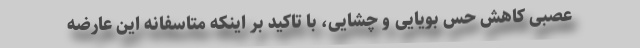
عصبی کاهش حس بویایی و چشایی، با تاکید بر اینکه متاسفانه این عارضه